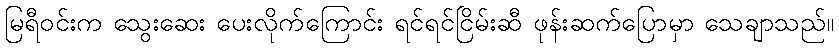
မြရီဝင်းက သွေးဆေး ပေးလိုက်ကြောင်း ရင်ရင်ငြိမ်းဆီ ဖုန်းဆက်ပြောမှာ သေချာသည်။